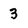
Character: 3